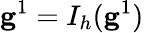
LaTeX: \mathbf{g}^{1}=I_{h}(\mathbf{g}^{1})